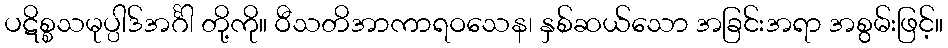
ပဋိစ္စသမုပ္ပါဒ်အင်္ဂါ တို့ကို။ ဝီသတိအာကာရဝသေန၊ နှစ်ဆယ်သော အခြင်းအရာ အစွမ်းဖြင့်။